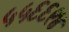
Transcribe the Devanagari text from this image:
५५६६९४